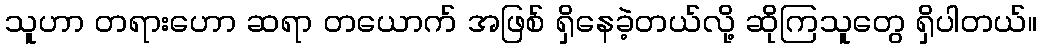
သူဟာ တရားဟော ဆရာ တယောက် အဖြစ် ရှိနေခဲ့တယ်လို့ ဆိုကြသူတွေ ရှိပါတယ်။